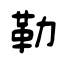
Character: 靿